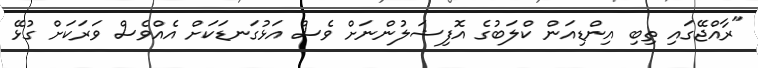
"ރާއްޖޭގައި ތިބި އިންޑިއަން ކްލަބުގެ އޮފިޝަލުންނަށް ވެސް އަޅުގަނޑަކަށް އެއްވެސް ވަރަކަށް ގުޅޭ